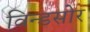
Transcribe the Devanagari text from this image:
विन्डसोर